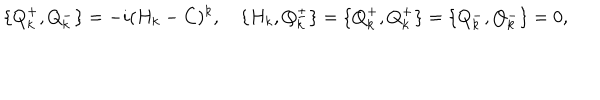
LaTeX: \{ Q _ { k } ^ { + } , Q _ { k } ^ { - } \} = - i ( H _ { k } - C ) ^ { k } , \quad \{ H _ { k } , Q _ { k } ^ { \pm } \} = \{ Q _ { k } ^ { + } , Q _ { k } ^ { + } \} = \{ Q _ { k } ^ { - } , Q _ { k } ^ { - } \} = 0 ,